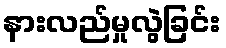
နားလည်မှုလွဲခြင်း